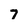
Character: 7